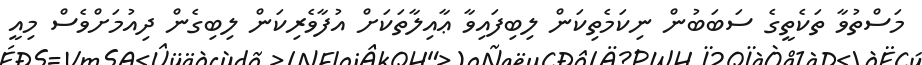
މަސްތުވާ ތަކެތީގެ ސަބަބުން ނިކަމެތިކަން ލިބިފައިވާ ޢާއިލާތަކަށް އުފާވެރިކަން ލިބިގެން ދިއުމަށްވެސް މިއީ